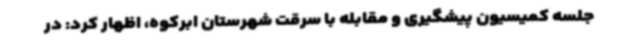
جلسه کمیسیون پیشگیری و مقابله با سرقت شهرستان ابرکوه، اظهار کرد: در